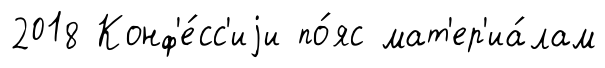
2018 Конф'е́сс'иjи по́яс мат'ер'иа́лам